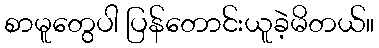
စာမူတွေပါ ပြန်တောင်းယူခဲ့မိတယ်။